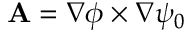
\mathbf { A } = \nabla \phi \times \nabla \psi _ { 0 }